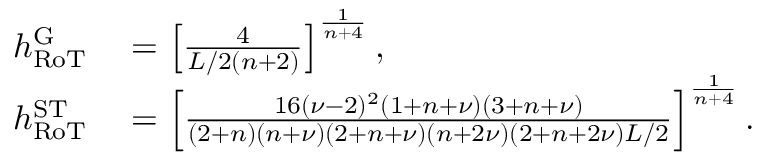
\begin{array} { r l } { h _ { \mathrm { R o T } } ^ { \mathrm { G } } } & { { } = \left[ \frac { 4 } { L / 2 ( n + 2 ) } \right] ^ { \frac { 1 } { n + 4 } } , } \\ { h _ { \mathrm { R o T } } ^ { \mathrm { S T } } } & { { } = \left[ \frac { 1 6 ( \nu - 2 ) ^ { 2 } ( 1 + n + \nu ) ( 3 + n + \nu ) } { ( 2 + n ) ( n + \nu ) ( 2 + n + \nu ) ( n + 2 \nu ) ( 2 + n + 2 \nu ) L / 2 } \right] ^ { \frac { 1 } { n + 4 } } . } \end{array}